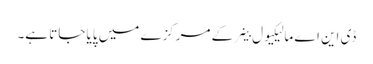
ڈی این اے مالیکیول خلیے کے مرکزے میں پایا جاتا ہے۔